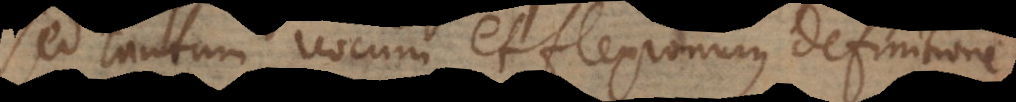
sed tantum vocum et flexionum definitione